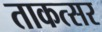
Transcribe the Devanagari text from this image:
ताकत्सर